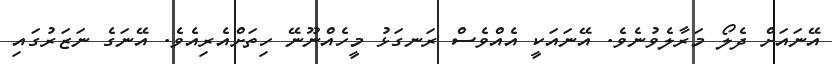
އޭނައަށް ދެލޯ މަރާލެވުނެވެ. އޭނައަކީ އެއްވެސް ރަނގަޅު މީހެއްނޫނޭ ހިތަށްއެރިއެވެ. އޭނަގެ ނަޒަރުގައި